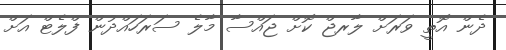
ދެން އޮތީ ވަރަށް ލާރޖް ކޮށް ޖައްސާ މާލެ ސަރަހައްދުން ފްލެޓް އަށް